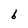
Character: 6